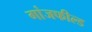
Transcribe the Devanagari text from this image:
गांजफील्ड